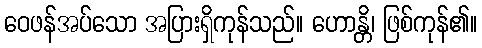
ဝေဖန်အပ်သော အပြားရှိကုန်သည်။ ဟောန္တိ၊ ဖြစ်ကုန်၏။